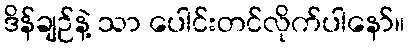
ဒိန်ချဉ်နဲ့ သာ ပေါင်းတင်လိုက်ပါနော်။